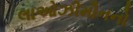
લાઓઝીમૌનનો